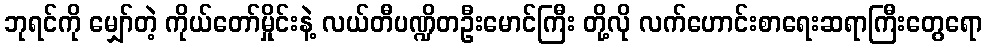
ဘုရင်ကို မျှော်တဲ့ ကိုယ်တော်မှိုင်းနဲ့ လယ်တီပဏ္ဍိတဦးမောင်ကြီး တို့လို လက်ဟောင်းစာရေးဆရာကြီးတွေရော